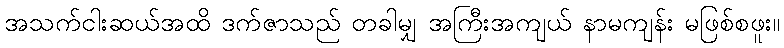
အသက်ငါးဆယ်အထိ ဒက်ဇာသည် တခါမျှ အကြီးအကျယ် နာမကျန်း မဖြစ်စဖူး။